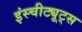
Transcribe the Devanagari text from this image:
इंस्चीट्यूट्स